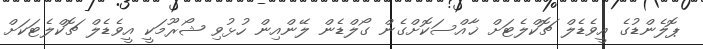
ޕޮލެންޑުގެ އީވެޑެލް ޗޮކްލެޓަށް ޚާއްސަކޮށްގެން ގޯލްޑެން ލޭންއިން ހުޅުވި ޝޯރޫމަކީ އީވެޑެލް ޗޮކްލެޓަކަށް